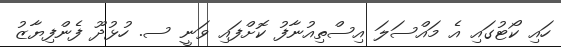
ހައި ކޯޓުގައި އެ މައްސަލަ އިސްތިއުނާފު ކޮށްފައި ވަނީ ސ. ހުޅުދޫ ފެންފިޔާޒު